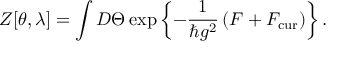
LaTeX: Z [ \theta , \lambda ] = \int { \cal D } \Theta \exp \left\{ - \frac { 1 } { \hbar g ^ { 2 } } \left( { \cal F } + { \cal F } _ { \mathrm { c u r } } \right) \right\} .